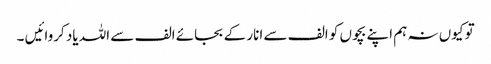
تو کیوں نہ ہم اپنے بچوں کو الف سے انار کے بجائے الف سے اللہ یاد کروائیں ۔